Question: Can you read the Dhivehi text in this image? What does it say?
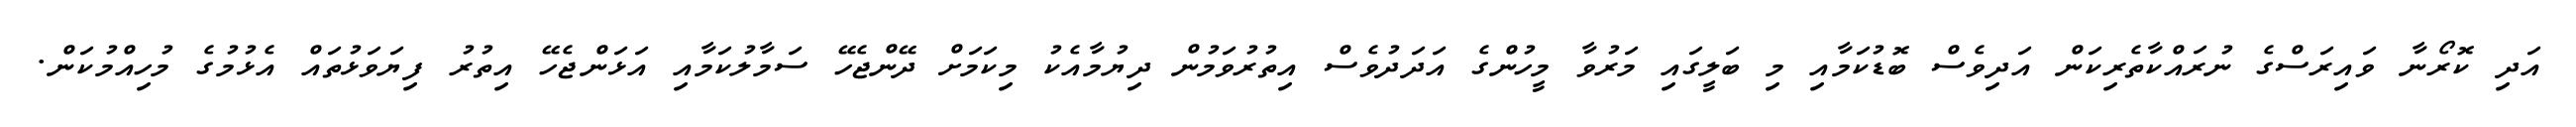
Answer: އަދި ކޮރޯނާ ވައިރަސްގެ ނުރައްކާތެރިކަން އަދިވެސް ބޮޑުކަމާއި މި ބަލީގައި މަރުވާ މީހުންގެ އަދަދުވެސް އިތުރުވަމުން ދިޔުމާއެކު މިކަމަށް ދޭންޖެހޭ ސަމާލުކަމާއި އަޅަންޖެހޭ އިތުރު ފިޔަވަޅުތައް އެޅުމުގެ މުހިއްމުކަން.